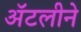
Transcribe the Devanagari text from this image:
अॅटलीने